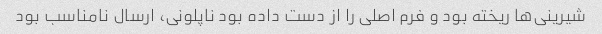
شیرینی‌ها ریخته بود و فرم اصلی را از دست داده بود ناپلونی، ارسال نامناسب بود